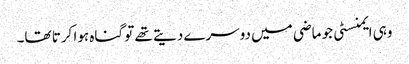
وہی ایمنسٹی جو ماضی میں دوسرے دیتے تھے تو گناہ ہوا کرتا تھا۔